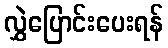
လွှဲပြောင်းပေးရန်